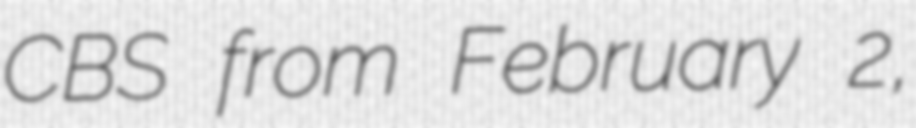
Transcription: CBS from February 2,